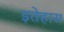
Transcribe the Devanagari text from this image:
इतेहास